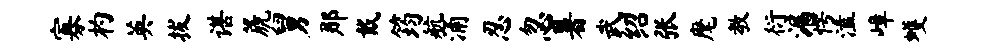
寡杓英拔谌篪舅那戴筠航涌忍忽暑武绍张麾教衍漏愕溘嶂蠖